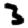
Digit: 3